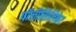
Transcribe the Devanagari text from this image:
पॉलीसिलिकेट